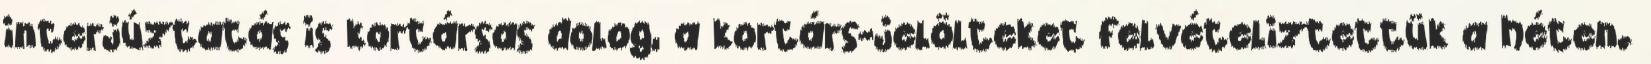
interjúztatás is kortársas dolog, a kortárs-jelölteket felvételiztettük a héten.